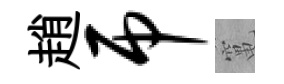
趙吊𥧄